Annual report of the Punjab Veterinary College and of the Civil Veterinary Department, Punjab - 1894-1908
Year: 1894
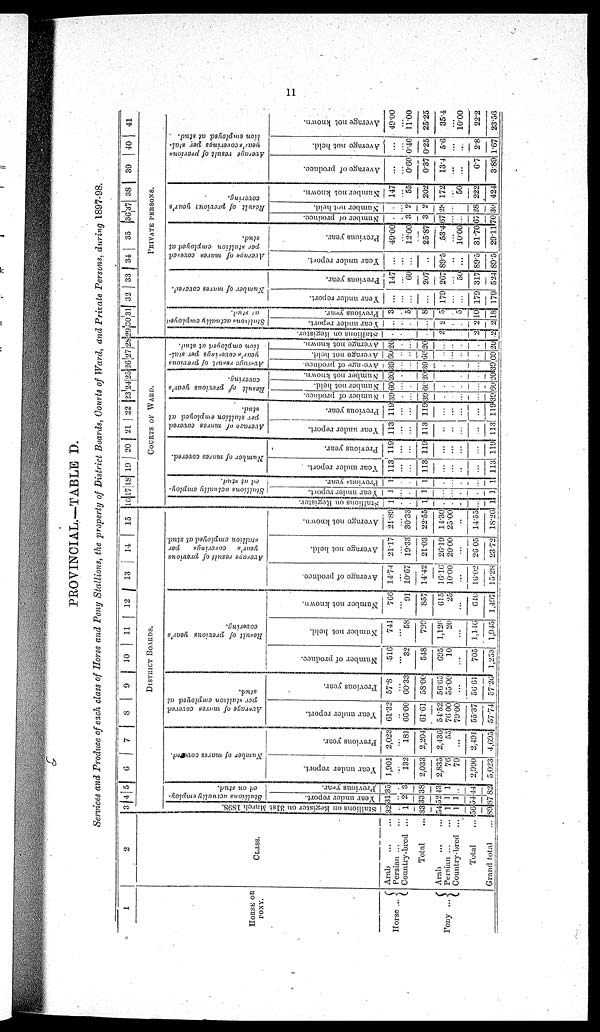
11
PROVINCIAL.—TABLE D.
Services and Produce of each class of Horse and Pony Stallions, the property of District Boards, Courts of Ward, and Private Persons, during l897-98.
1
HORSE OR
PONY.
Horse ...
Pony ...
2
CLASS.
Arab
Persian ... ...
Country-bred ...
Total ...
Arab
...
...
Persian ...
Country-bred ...
Total ...
Grand total
...
3 4 5 6 7 8 9 10 11 12 13 14. 15
DISTRICT BOARDS.
Stallions on Register on 31st
March 1898.
32
...
1
33
54
1
1
56
89
Stallions actually employ-
ed on stud.
Year under report.
31
...
2
33
52
1
1
54
87
Pr evi ous year.
35
...
3
38
43
1
...
44
82
Number of mares covered.
Year under report.
1,901
...
132
2,033
2,835
76
79
2,990
5,023
Previous year.
2,023
...
181
2,204
2,436
55
...
2,491
4,695
Average of mares covered
per stallion employed at
stud.
Year under report.
61.32
...
66.00
61.61
54.52
76.00
79.00
55.37
57.74
Previous year.
57.8
...
60.33
58.00
56.65
55.00
...
56.61
57.261
Result of previous year's
covering.
Number of produce.
516
...
32
548
695
10
...
705
1,253
Number not held.
741
...
58
799
1,126
20
...
1,116
1,945
Number not known.
766
...
91
857
615
25
...
646
1,497
Average result of previous
year's
coverings
per
stallion employed at stud.
Average of produce.
14.74
...
10.67
14.42
16.16
10.00
...
16.02
15.28
Average not held.
21.17
...
19.33
21.03
26.19
20.00
...
26.05
23 72
Average not known.
21.89
...
30.33
22.55
14.30
25.00
...
14.55
18.26
16 17 18 19 20 21 22 23 24 25 26 27 28
COURT OF WARD.
Stallions
on Register.
1
...
...
1
...
...
...
...
1
Stallions actually employ-
ed at stud.
Year under report.
1
...
.
1
...
...
...
...
1
Previous year.
1
...
.
1
...
...
...
...
1
Number of mares covered.
Year under report.
113
...
...
113
...
...
...
...
113
Previous year.
119
...
...
119
...
...
...
...
119
Average
of mares covered
per stallion employed at
stud.
Year under report.
113
...
...
113
...
...
...
...
113
Previous year.
119
...
...
119
...
...
...
119
Result of previous year's
covering.
Number of produce.
39
...
...
39
...
...
...
39
Number not held.
60
...
...
60
...
...
...
60
Number not known.
20
...
...
20
...
...
...
20
Average result of previous
year's
coverings
per stal-
lion employed at stud.
Average
of produce.
39
...
...
39
...
...
...
39
Average not held.
60
...
...
60
...
...
...
60
Average not known.
20
...
...
20
...
...
...
20
29
30
31 32 33 34 35 36 37 38 39 40 41
PRIVATE PERSONS.
Stallions on Register.
...
...
...
2
...
2
2
Stallions
actually employed
at Stud.
Year under report.
...
...
...
...
2 .
...
2
2
Previous year.
3
...
5
8
5
...
5
10
18
Number of mures covered.
Year under report.
...
...
...
179
...
...
179
179
Previous year.
147
...
60
207
267
...
50
317
524
Average of mares covered
per stallion employed at
stud.
Year under report.
...
...
...
...
89.5
...
...
89.5
89.5
Previous year.
49.00
...
1200
25.87
53.4
...
10.00
31.70
29.11
Result
of previous year's
covering.
Number of produce.
...
...
3
3
67
...
...
67
70
Number not held.
...
...
2
2
28
...
...
28
30
Number not known.
147
...
55
202
172
...
50
222
424
Average result of previous
year's coverings per stal-
lion employed at stud.
Average of produce.
...
...
0.60
0.37
13.4
...
...
6.7
3.89
Average not held.
...
...
0.40
0.25
5.6
...
...
2.8
1.67
Average not known.
49.00
...
11.00
25.25
35.4
...
10.00
22.2
23.56